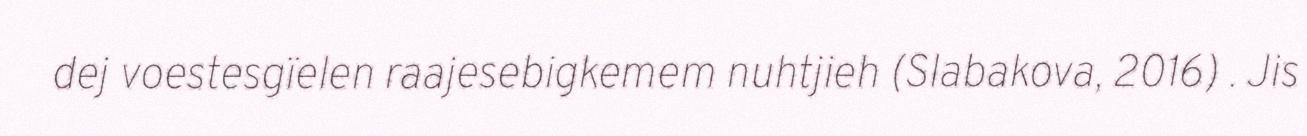
dej voestesgïelen raajesebigkemem nuhtjieh (Slabakova, 2016) . Jis